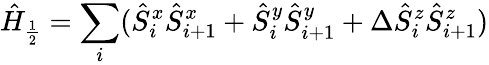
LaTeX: \hat{H}_{\frac{1}{2}}=\sum_{i}(\hat{S}_{i}^{x}\hat{S}_{i+1}^{x}+\hat{S}_{i}^{y}\hat{S}_{i+1}^{y}+\Delta\hat{S}_{i}^{z}\hat{S}_{i+1}^{z})